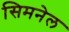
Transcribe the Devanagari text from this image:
सिमनेल